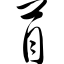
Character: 苜